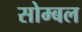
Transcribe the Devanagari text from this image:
सोम्बल